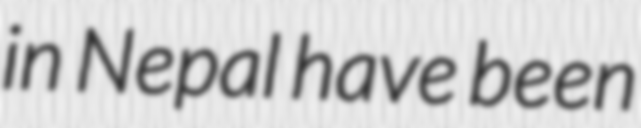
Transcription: in Nepal have been